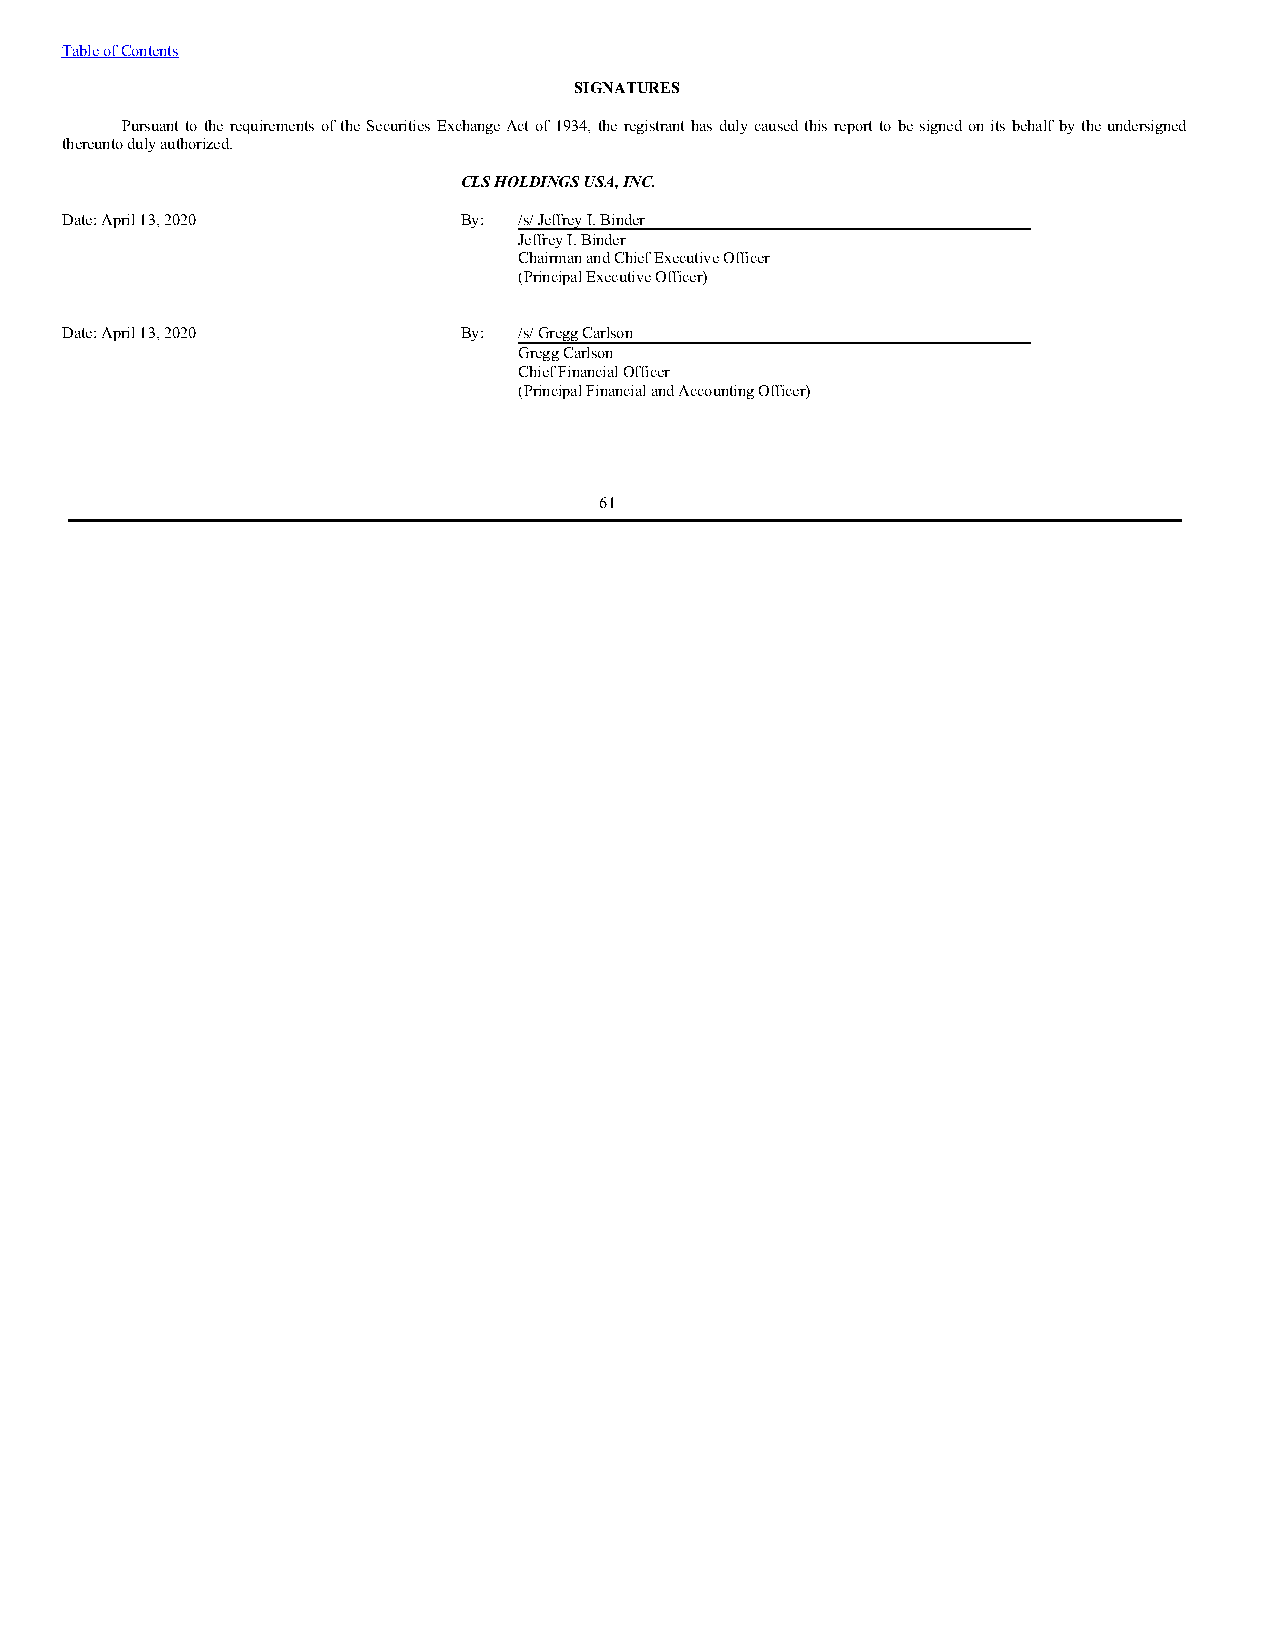
Table of Contents
 SIGNATURES
 Pursuant to the requirements of the Securities Exchange Act of 1934, the registrant has duly caused this report to be signed on its behalf by the undersigned
 thereunto duly authorized.
 CLS HOLDINGS USA, INC.
 Date: April 13, 2020      By: /s/ Jeffrey I. Binder
 Jeffrey I. Binder
 Chairman and Chief Executive Officer
 (Principal Executive Officer)
 Date: April 13, 2020      By: /s/ Gregg Carlson
 Gregg Carlson
 Chief Financial Officer
 (Principal Financial and Accounting Officer)
 61